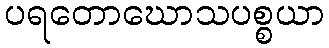
ပရတောဃောသပစ္စယာ